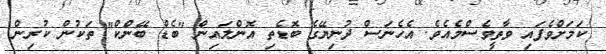
ކަމަށްވެފައި ވާތީވެސްމެއެވެ. އެހެނަސް ދުނިޔޭގެ ބޮޑެތި އޮންލައިން "ބެޑް ބޭންކް" ތަކުން ކުރިން